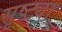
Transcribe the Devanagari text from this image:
सृष्ट्या